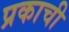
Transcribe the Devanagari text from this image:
प्रकाची